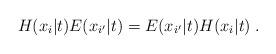
LaTeX: \begin{align*}H(x_{i}|t)E(x_{i^{\prime }}|t)=E(x_{i^{\prime }}|t)H(x_{i}|t)\;.\end{align*}